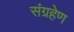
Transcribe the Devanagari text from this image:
संग्रहेण